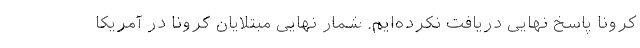
کرونا پاسخ نهایی دریافت نکرده‌ایم. شمار نهایی مبتلایان کرونا در آمریکا